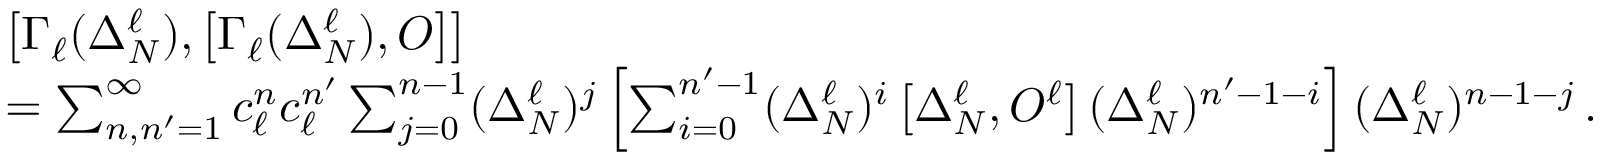
\begin{array} { r l } & { \left[ \Gamma _ { \ell } ( \Delta _ { N } ^ { \ell } ) , \left[ \Gamma _ { \ell } ( \Delta _ { N } ^ { \ell } ) , O \right] \right] } \\ & { = \sum _ { n , n ^ { \prime } = 1 } ^ { \infty } c _ { \ell } ^ { n } c _ { \ell } ^ { n ^ { \prime } } \sum _ { j = 0 } ^ { n - 1 } ( \Delta _ { N } ^ { \ell } ) ^ { j } \left[ \sum _ { i = 0 } ^ { n ^ { \prime } - 1 } ( \Delta _ { N } ^ { \ell } ) ^ { i } \left[ \Delta _ { N } ^ { \ell } , O ^ { \ell } \right] ( \Delta _ { N } ^ { \ell } ) ^ { n ^ { \prime } - 1 - i } \right] ( \Delta _ { N } ^ { \ell } ) ^ { n - 1 - j } \, . } \end{array}